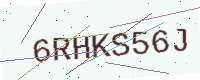
Text: 6RHKS56J